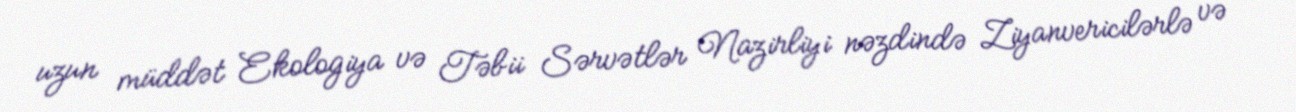
uzun müddət Ekologiya və Təbii Sərvətlər Nazirliyi nəzdində Ziyanvericilərlə və